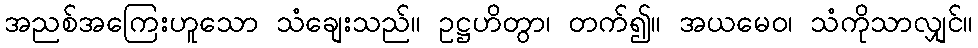
အညစ်အကြေးဟူသော သံချေးသည်။ ဥဋ္ဌဟိတွာ၊ တက်၍။ အယမေဝ၊ သံကိုသာလျှင်။